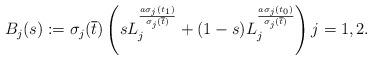
LaTeX: \begin{align*}B_j(s) := \sigma_j(\overline{t}) \left( s L_j^{\frac{a\sigma_j(t_1)}{\sigma_j(\overline{t})}} + (1-s)L_j^{\frac{a\sigma_j(t_0)}{\sigma_j(\overline{t})}}\right) j=1,2.\end{align*}